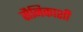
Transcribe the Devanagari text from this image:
सैनिकाशी